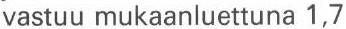
vastuu mukaanluettuna 1,7